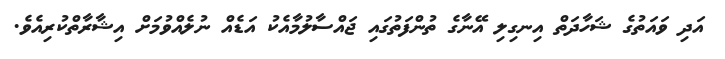
އަދި ވައަތުގެ ޝަހާދަތް އިނގިލި އޭނާގެ ތުންފަތުގައި ޖައްސާލުމާއެކު އަޑެއް ނުލެއްވުމަށް އިޝާރާތްކުރިއެވެ.